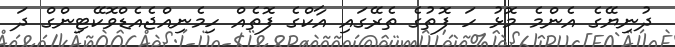
ދުނިޔޭގެ އެންމެ މޮޅު ހަ ފޮތުގެ ތެރޭގައި އާކްގެ ފޮތެއް ހިމެނިއްޖެއެޑްވޮކޭޓިންގް ދަ